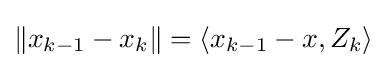
\|x_{k-1}-x_{k}\|=\langle x_{k-1}-x,Z_{k}\rangle